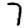
Digit: 7